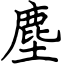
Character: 塵